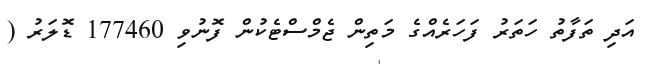
އަދި ތަފާތު ހަތަރު ފަހަރެއްގެ މަތިން ޖެމްސްޓެކުން ފޮނުވި 177460 ޑޮލަރު (